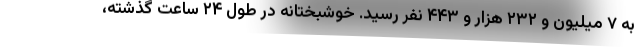
به ۷ میلیون و ۲۳۲ هزار و ۴۴۳ نفر رسید. خوشبختانه در طول ۲۴ ساعت گذشته،